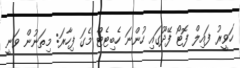
ހަވީރު ފައިލް ފޮޓޯ ފޭދޫގައި ހުންނަ ހެބިޓެޓް މެގަ ފިހާރަ: މިތަނުން ވަނީ